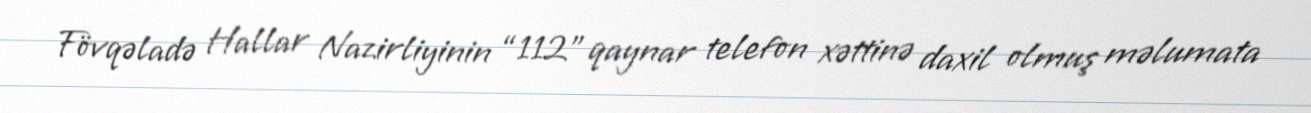
Fövqəladə Hallar Nazirliyinin “112” qaynar telefon xəttinə daxil olmuş məlumata